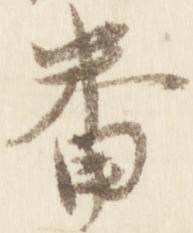
番